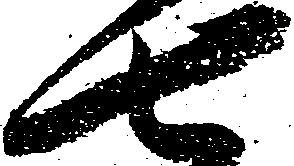
七